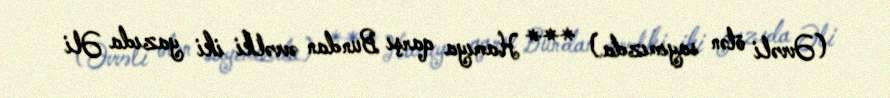
(Əvvəli ötən sayımızda) *** Hamıya qarşı Bundan əvvəlki iki yazıda Əli